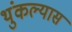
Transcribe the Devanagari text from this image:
थुंकल्यास